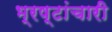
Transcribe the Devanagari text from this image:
भ्रष्टांचारी